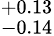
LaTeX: ^{+0.13}_{-0.14}